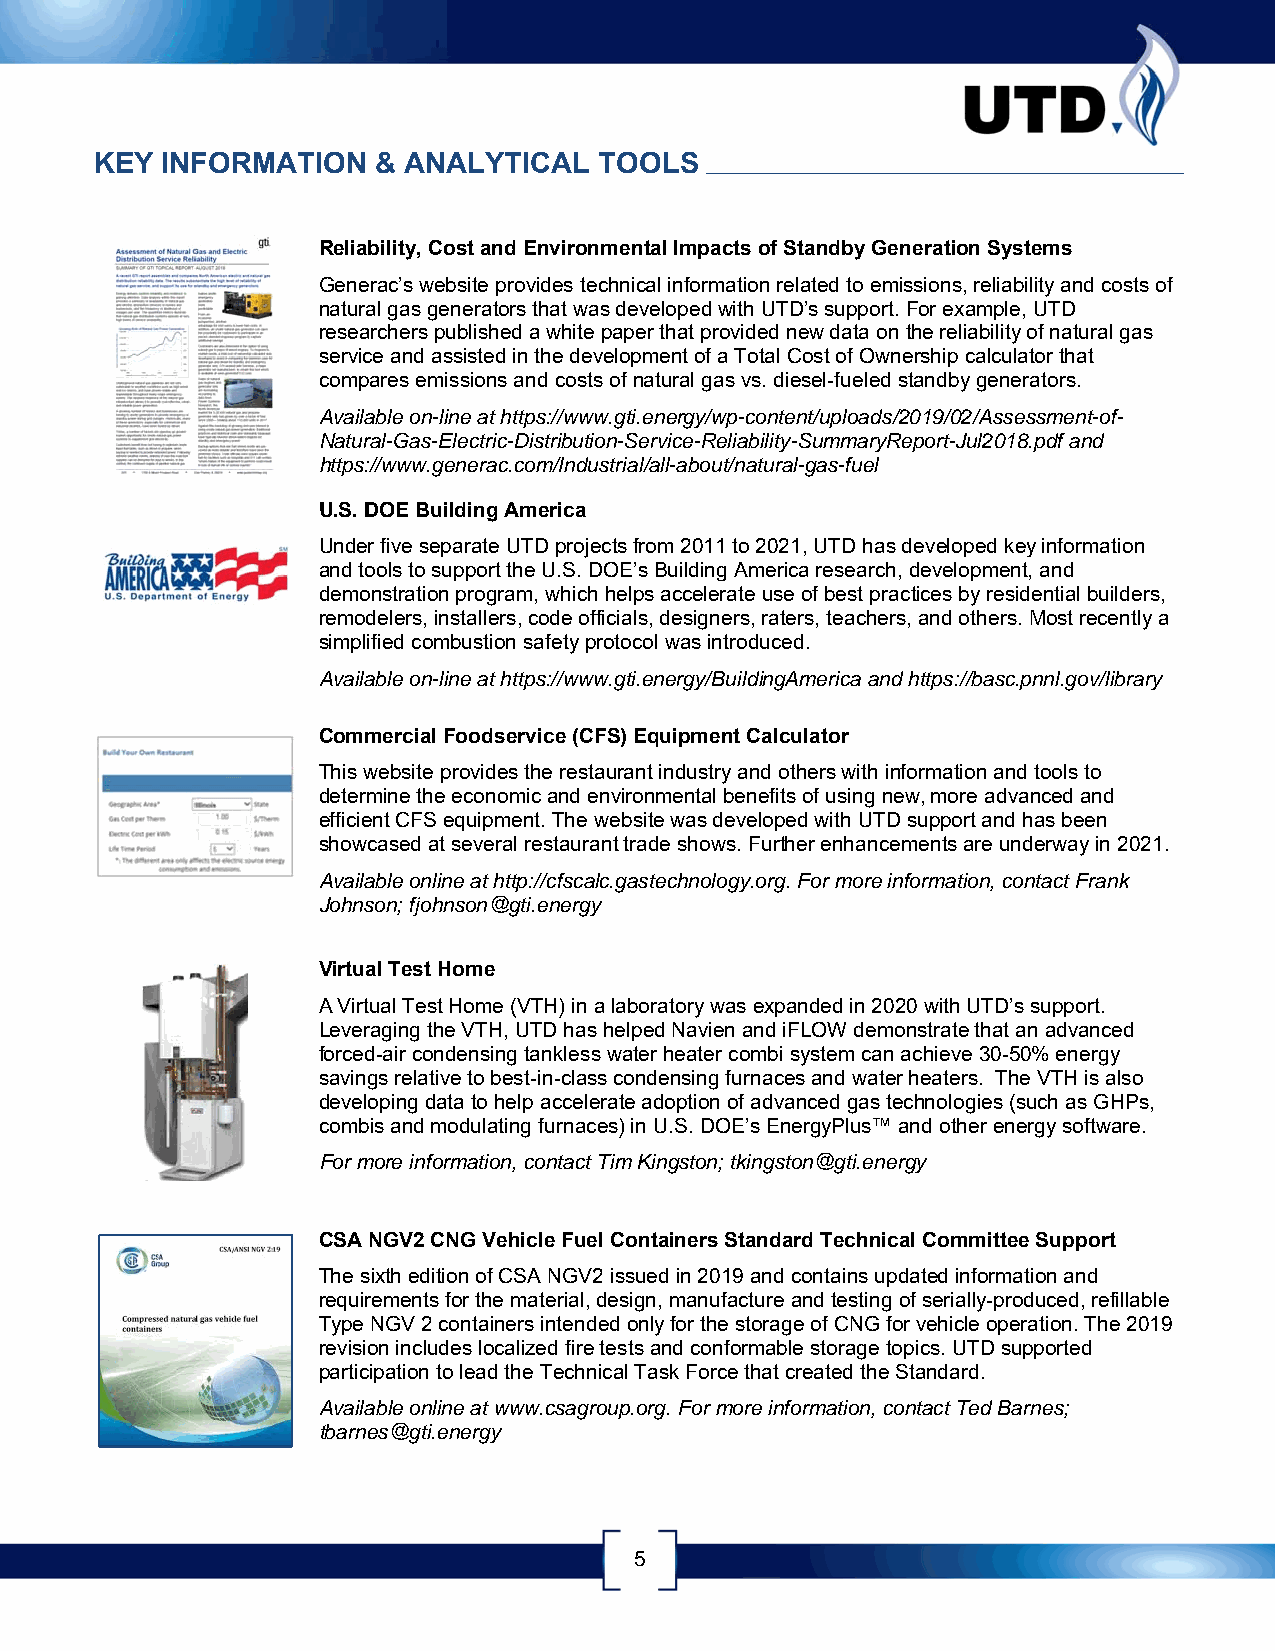
KEY  INFORMATION   & ANALYTICAL   TOOLS
 Reliability, Cost and Environmental Impacts of Standby Generation Systems
 Generac’s website provides technical information related to emissions, reliability and costs of
 natural gas generators that was developed with UTD’s support. For example, UTD
 researchers published a white paper that provided new data on the reliability of natural gas
 service and assisted in the development of a Total Cost of Ownership calculator that
 compares emissions and costs of natural gas vs. diesel-fueled standby generators.
 Available on-line at https://www.gti.energy/wp-content/uploads/2019/02/Assessment-of-
 Natural-Gas-Electric-Distribution-Service-Reliability-SummaryReport-Jul2018.pdf and
 https://www.generac.com/Industrial/all-about/natural-gas-fuel
 U.S. DOE Building America
 Under five separate UTD projects from 2011 to 2021, UTD has developed key information
 and tools to support the U.S. DOE’s Building America research, development, and
 demonstration program, which helps accelerate use of best practices by residential builders,
 remodelers, installers, code officials, designers, raters, teachers, and others. Most recently a
 simplified combustion safety protocol was introduced.
 Available on-line at https://www.gti.energy/BuildingAmerica and https://basc.pnnl.gov/library
 Commercial Foodservice (CFS) Equipment Calculator
 This website provides the restaurant industry and others with information and tools to
 determine the economic and environmental benefits of using new, more advanced and
 efficient CFS equipment. The website was developed with UTD support and has been
 showcased at several restaurant trade shows. Further enhancements are underway in 2021.
 Available online at http://cfscalc.gastechnology.org. For more information, contact Frank
 Johnson; fjohnson@gti.energy
 Virtual Test Home
 A Virtual Test Home (VTH) in a laboratory was expanded in 2020 with UTD’s support.
 Leveraging the VTH, UTD has helped Navien and iFLOW demonstrate that an advanced
 forced-air condensing tankless water heater combi system can achieve 30-50% energy
 savings relative to best-in-class condensing furnaces and water heaters. The VTH is also
 developing data to help accelerate adoption of advanced gas technologies (such as GHPs,
 combis and modulating furnaces) in U.S. DOE’s EnergyPlus™ and other energy software.
 For more information, contact Tim Kingston; tkingston@gti.energy
 CSA NGV2 CNG Vehicle Fuel Containers Standard Technical Committee Support
 The sixth edition of CSA NGV2 issued in 2019 and contains updated information and
 requirements for the material, design, manufacture and testing of serially-produced, refillable
 Type NGV 2 containers intended only for the storage of CNG for vehicle operation. The 2019
 revision includes localized fire tests and conformable storage topics. UTD supported
 participation to lead the Technical Task Force that created the Standard.
 Available online at www.csagroup.org. For more information, contact Ted Barnes;
 tbarnes@gti.energy
 5